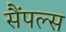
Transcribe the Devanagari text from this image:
सैंपल्स